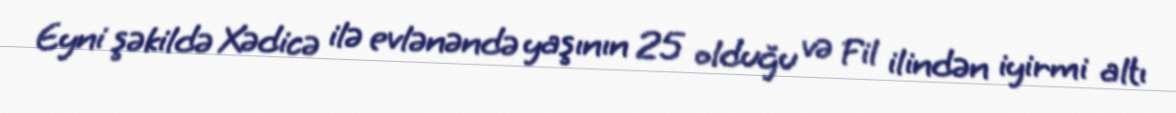
Eyni şəkildə Xədicə ilə evlənəndə yaşının 25 olduğu və Fil ilindən iyirmi altı